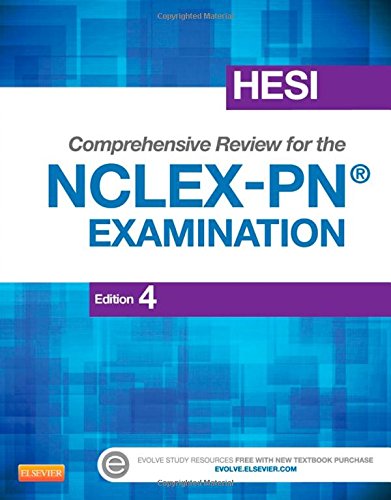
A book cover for HESI Comprehensive Review for the NCLEX-PNÂ®  Examination, 4e; HESI; Test Preparation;